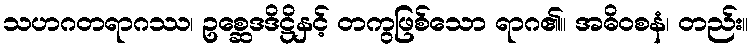
သဟဂတရာဂဿ၊ ဥစ္ဆေဒဒိဋ္ဌိနှင့် တကွဖြစ်သော ရာဂ၏။ အဓိဝစနံ၊ တည်း။